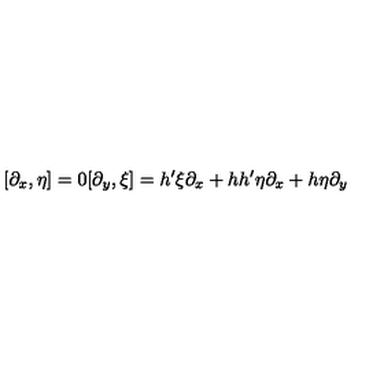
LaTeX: [ \partial _ { x } , \eta ] = 0 [ \partial _ { y } , \xi ] = h ^ { \prime } \xi \partial _ { x } + h h ^ { \prime } \eta \partial _ { x } + h \eta \partial _ { y }